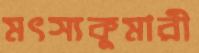
মৎস্যকুমারী